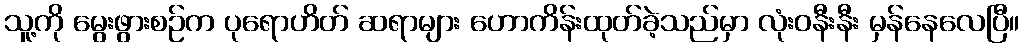
သူ့ကို မွေးဖွားစဉ်က ပုရောဟိတ် ဆရာများ ဟောကိန်းထုတ်ခဲ့သည်မှာ လုံးဝနီးနီး မှန်နေလေပြီ။